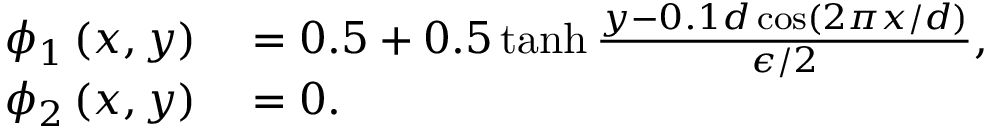
\begin{array} { r l } { \phi _ { 1 } \left( x , y \right) } & { { } = 0 . 5 + 0 . 5 \operatorname { t a n h } \frac { y - 0 . 1 d \cos \left( 2 \pi x / d \right) } { \epsilon / 2 } , } \\ { \phi _ { 2 } \left( x , y \right) } & { { } = 0 . } \end{array}